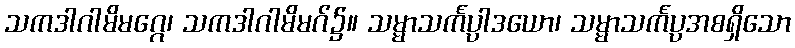
သကဒါဂါမိမဂ္ဂေ၊ သကဒါဂါမိမဂ်၌။ သမ္မာသင်္ကပ္ပါဒယော၊ သမ္မာသင်္ကပ္ပအစရှိသော